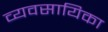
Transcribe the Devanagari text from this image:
व्यवसायिका